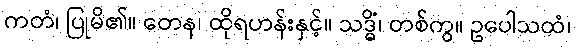
ကတံ၊ ပြုမိ၏။ တေန၊ ထိုရဟန်းနှင့်။ သဒ္ဓိံ၊ တစ်ကွ။ ဥပေါသထံ၊